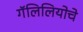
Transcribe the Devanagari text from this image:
गॅलिलियोचे